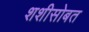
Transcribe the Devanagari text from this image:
शशीसोबत